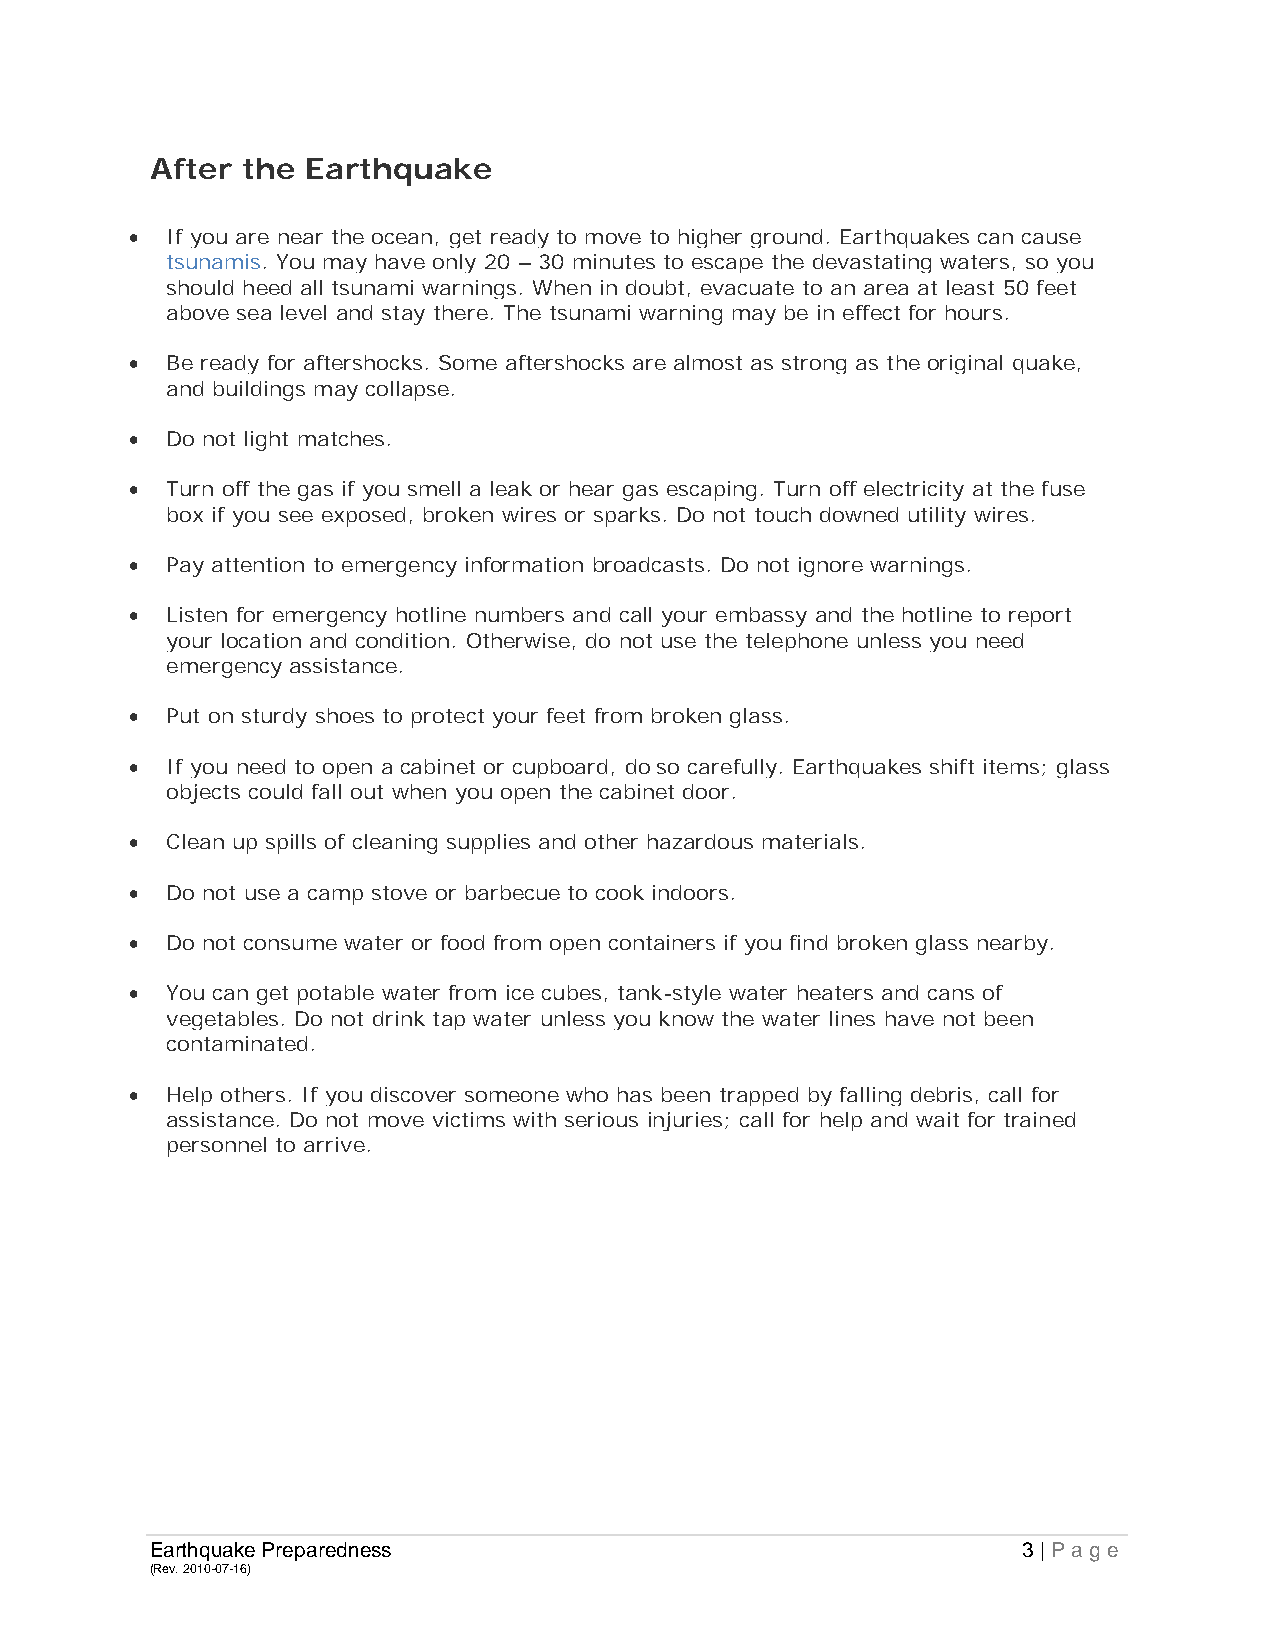
After the Earthquake
 • If you are near the ocean, get ready to move to higher ground. Earthquakes can cause
 tsunamis. You may have only 20 – 30 minutes to escape the devastating waters, so you
 should heed all tsunami warnings. When in doubt, evacuate to an area at least 50 feet
 above sea level and stay there. The tsunami warning may be in effect for hours.
 • Be ready for aftershocks. Some aftershocks are almost as strong as the original quake,
 and buildings may collapse.
 • Do not light matches.
 • Turn off the gas if you smell a leak or hear gas escaping. Turn off electricity at the fuse
 box if you see exposed, broken wires or sparks. Do not touch downed utility wires.
 • Pay attention to emergency information broadcasts. Do not ignore warnings.
 • Listen for emergency hotline numbers and call your embassy and the hotline to report
 your location and condition. Otherwise, do not use the telephone unless you need
 emergency assistance.
 • Put on sturdy shoes to protect your feet from broken glass.
 • If you need to open a cabinet or cupboard, do so carefully. Earthquakes shift items; glass
 objects could fall out when you open the cabinet door.
 • Clean up spills of cleaning supplies and other hazardous materials.
 • Do not use a camp stove or barbecue to cook indoors.
 • Do not consume water or food from open containers if you find broken glass nearby.
 • You can get potable water from ice cubes, tank-style water heaters and cans of
 vegetables. Do not drink tap water unless you know the water lines have not been
 contaminated.
 • Help others. If you discover someone who has been trapped by falling debris, call for
 assistance. Do not move victims with serious injuries; call for help and wait for trained
 personnel to arrive.
 Earthquake Preparedness                                   3 | Page
 (Rev. 2010-07-16)